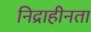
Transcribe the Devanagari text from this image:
निद्राहीनता